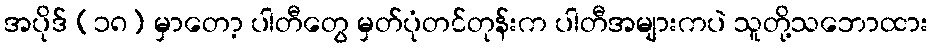
အပိုဒ် (၁၈) မှာတော့ ပါတီတွေ မှတ်ပုံတင်တုန်းက ပါတီအများကပဲ သူတို့သဘောထား